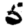
Digit: 5